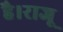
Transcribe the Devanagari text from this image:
है।राजू